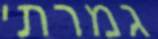
גמרתי